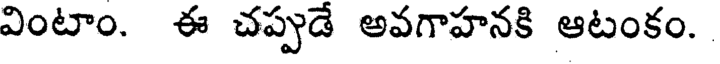
వింటాం. ఈ చప్పుడే అవగాహనకి ఆటంకం.